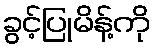
ခွင့်ပြုမိန့်ကို